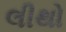
લીથો